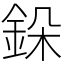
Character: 䤪